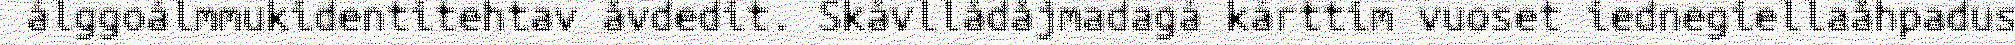
álggoálmmukidentitehtav åvdedit. Skåvllådåjmadagá kárttim vuoset iednegiellaåhpadus